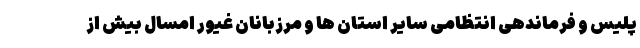
پلیس و فرماندهی انتظامی سایر استان ها و مرزبانان غیور امسال بیش از